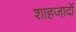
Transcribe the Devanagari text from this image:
शाहजादों